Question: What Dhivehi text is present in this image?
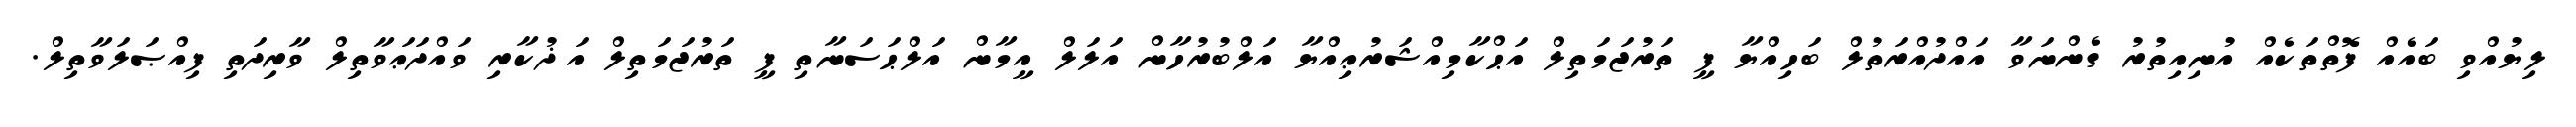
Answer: ލިޔުއްވި ބައެއް ފޮތްތަކެއް އުނިއިތުރު ގެންނަވާ އައްދުއްރަތުލް ބަހިއްޔާ ފީ ތަރުޖަމަތިލް އަޙްކާމިއްޝަރުޢިއްޔާ އަލްބުރުހާން އަލަލް އީމާން އަލްޙަސަނާތި ފީ ތަރުޖަމަތިލް އަޛުކާރި ވައްދަޢަވާތިލް ވާރިދަތި ފިއްޞަލަވާތިލް.